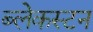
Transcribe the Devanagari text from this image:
ब्लेकस्टन